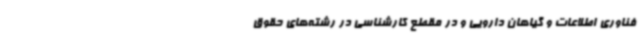
فناوری اطلاعات و گیاهان دارویی و در مقطع کارشناسی در رشته‌های حقوق